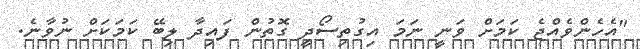
"އެހެންވެއްޖެ ކަމަށް ވަނީ ނަމަ އިގުތިސޯދީ ގޮތުން ފައިދާ ލިބޭ ކަމަކަށް ނުވާނެ.